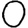
Digit: 0